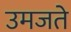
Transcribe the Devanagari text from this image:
उमजते